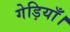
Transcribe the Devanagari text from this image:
गेड़ियाँ।